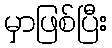
မှာဖြစ်ပြီး